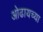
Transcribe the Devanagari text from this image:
ओढायच्या